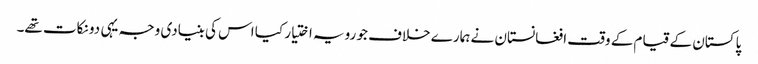
پاکستان کے قیام کے وقت افغانستان نے ہمارے خلاف جو رویہ اختیار کیا اس کی بنیادی وجہ یہی دو نکات تھے۔